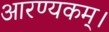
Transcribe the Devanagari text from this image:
आरण्यकम्।